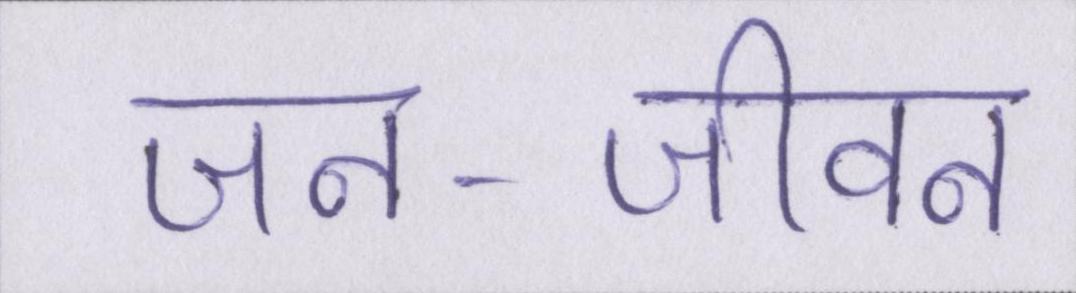
जन-जीवन